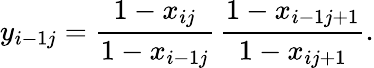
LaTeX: y_{i-1j}=\frac{1-x_{ij}}{1-x_{i-1j}}\, \frac{1-x_{i-1j+1}}{1-x_{ij+1}}.